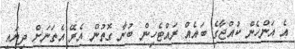
އެ އަންހެން ކުއްޖާގެ ބައެއް ރައްޓެހިން ބުނާ ގޮތުން އެރޭ އެތަނަށް ދިޔައީ